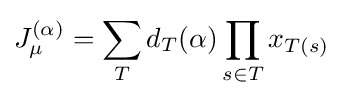
J_{\mu }^{(\alpha )}=\sum _{T}d_{T}(\alpha )\prod _{s\in T}x_{T(s)}